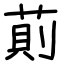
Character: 萴